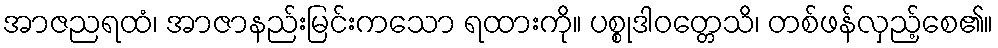
အာဇညရထံ၊ အာဇာနည်းမြင်းကသော ရထားကို။ ပစ္စုဒါဝတ္တေသိ၊ တစ်ဖန်လှည့်စေ၏။